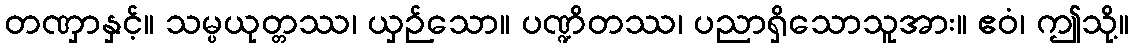
တဏှာနှင့်။ သမ္ပယုတ္တဿ၊ ယှဉ်သော။ ပဏ္ဍိတဿ၊ ပညာရှိသောသူအား။ ဧဝံ၊ ဤသို့။